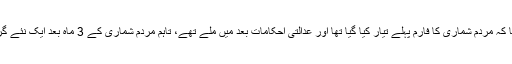
ادارہ شماریات کے سربراہ آصف باجوہ نے عدالت کو بتایا کہ مردم شماری کا فارم پہلے تیار کیا گیا تھا اور عدالتی احکامات بعد میں ملے تھے، تاہم مردم شماری کے 3 ماہ بعد ایک نئے گرین فارم کے ذریعے معذور افراد کا اندراج کیا جائے گا۔